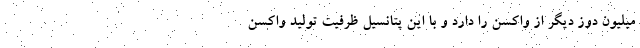
میلیون دوز دیگر از واکسن را دارد و با این پتانسیل ظرفیت تولید واکسن